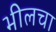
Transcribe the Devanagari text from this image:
भीलचा